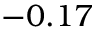
- 0 . 1 7